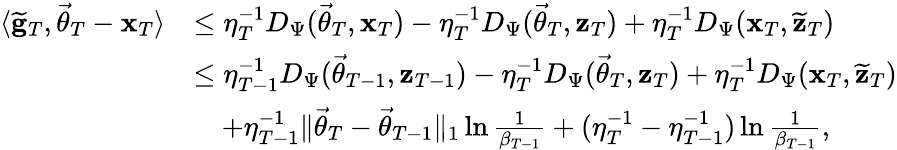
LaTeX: \begin{array}{rl}{\langle\widetilde{\mathbf g}_{T},\vec{\theta}_{T}-\mathbf x_{T}\rangle}&{\le\eta_{T}^{-1}D_{\Psi}(\vec{\theta}_{T},\mathbf x_{T})-\eta_{T}^{-1}D_{\Psi}(\vec{\theta}_{T},\mathbf z_{T})+\eta_{T}^{-1}D_{\Psi}(\mathbf x_{T},\widetilde{\mathbf z}_{T})}\\ &{\le\eta_{T-1}^{-1}D_{\Psi}(\vec{\theta}_{T-1},\mathbf z_{T-1})-\eta_{T}^{-1}D_{\Psi}(\vec{\theta}_{T},\mathbf z_{T})+\eta_{T}^{-1}D_{\Psi}(\mathbf x_{T},\widetilde{\mathbf z}_{T})}\\ &{\quad+\eta_{T-1}^{-1}\lVert\vec{\theta}_{T}-\vec{\theta}_{T-1}\rVert_{1}\ln\frac 1{\beta_{T-1}}+(\eta_{T}^{-1}-\eta_{T-1}^{-1})\ln\frac 1{\beta_{T-1}},}\end{array}